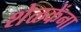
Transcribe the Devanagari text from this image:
शेळकेंना